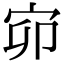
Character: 𡧙